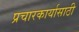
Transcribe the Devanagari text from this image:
प्रचारकार्यासाठी